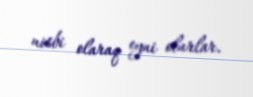
nisbi olaraq eyni olurlar.